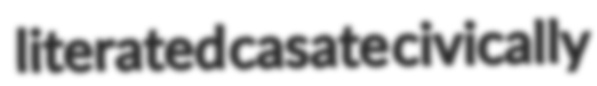
literated casate civically